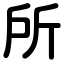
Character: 所